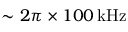
\sim 2 \pi \times 1 0 0 \, \mathrm { k H z }